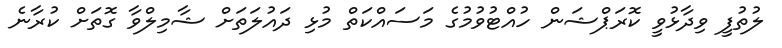
ލުތުފީ ވިދާޅުވީ ކޮރަޕްޝަން ހުއްޓުވުމުގެ މަސައްކަތް މުޅި ދައުލަތަށް ޝާމިލްވާ ގޮތަށް ކުރާނެ